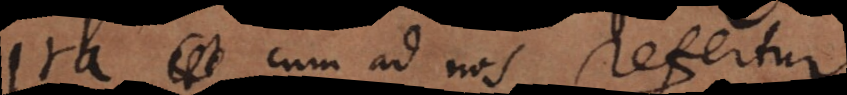
r a cum ad nos refertur